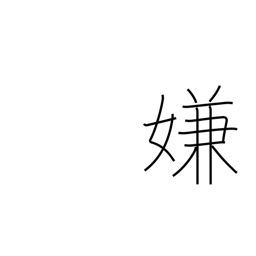
Meaning: detest